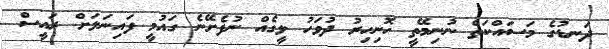
ދަނޑުގެ މަސައްކަތް ނުނިމޭތީ ހޮނިހިރު ދުވަހު ލީގެއް ނުފެށޭނެ ގައުމީ ފައިނަލަށް ރައީސް